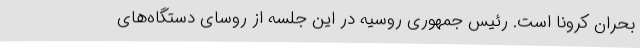
بحران کرونا است. رئیس جمهوری روسیه در این جلسه از روسای دستگاه‌های